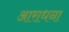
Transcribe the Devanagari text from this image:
अाराधना